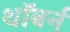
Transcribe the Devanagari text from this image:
थॉबर्न